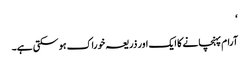
‘
آرام پہنچانے کا ایک اور ذریعہ خوراک ہو سکتی ہے۔